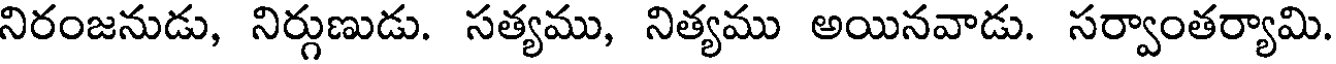
నిరంజనుడు, నిర్గుణుడు. సత్యము, నిత్యము అయినవాడు. సర్వాంతర్యామి.